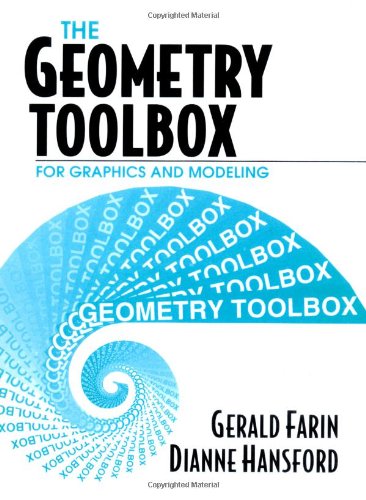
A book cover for The Geometry Toolbox for Graphics and Modeling; Gerald Farin; Science & Math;